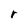
Character: r